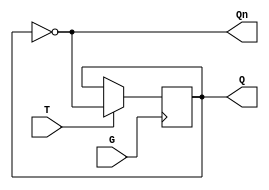
module GatedTLatch (
    input wire T,      // Toggle input
    input wire G,      // Gate/Enable input
    output reg Q,      // Output
    output wire Qn     // Complementary output
);

    // Complementary output
    assign Qn = ~Q;

    // Always block to describe the behavior of the Gated T Latch
    always @(posedge G) begin
        if (T) begin
            Q <= ~Q; // Toggle the output when T is high
        end
        // If T is low, Q retains its previous state due to no assignment
    end

    // Q retains its state when G is low, no action required

endmodule